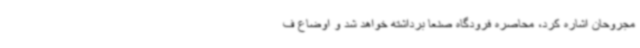
مجروحان اشاره کرد، محاصره فرودگاه صنعا برداشته خواهد شد و اوضاع ف